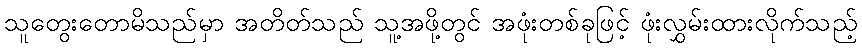
သူတွေးတောမိသည်မှာ အတိတ်သည် သူ့အဖို့တွင် အဖုံးတစ်ခုဖြင့် ဖုံးလွှမ်းထားလိုက်သည့်